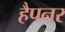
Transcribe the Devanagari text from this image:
हैपनर